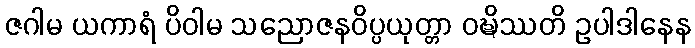
ဇဂါမ ယကာရံ ပိဝါမ သညောဇနဝိပ္ပယုတ္တာ ဝဍ္ဎိဿတိ ဥပါဒါနေန